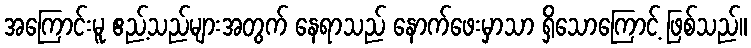
အကြောင်းမူ ဧည့်သည်များအတွက် နေရာသည် နောက်ဖေးမှာသာ ရှိသောကြောင့် ဖြစ်သည်။